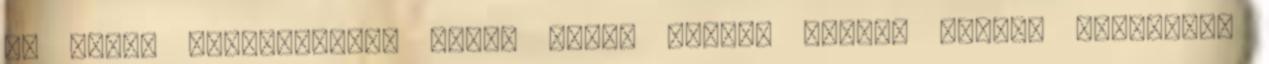
az egész univerzumban jelen volt, tagjai számos fajból kerültek,